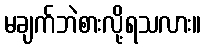
မချက်ဘဲစားလို့ရသလား။